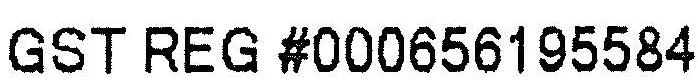
GST REG #000656195584